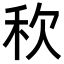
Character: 𮂸